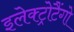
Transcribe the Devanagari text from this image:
इलेक्ट्रोटैंगो